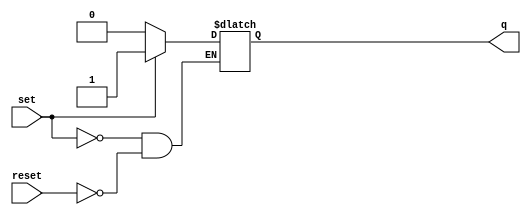
module n101_SRLatch (
  input set,
  input reset,
  output q
);

  reg latch;

  
  
  always @(set or reset)
  begin
    if (set)
      latch <= 1'b1;
    else if (reset)
      latch <= 1'b0;
  end

  assign q = latch;

endmodule